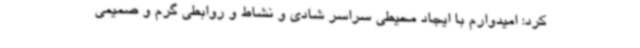
کرد: امیدوارم با ایجاد محیطی سراسر شادی و نشاط و روابطی گرم و صمیمی